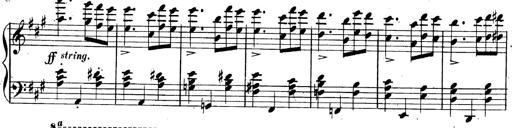
Title: 3 Caprices-Valses
Composer: Franz Liszt